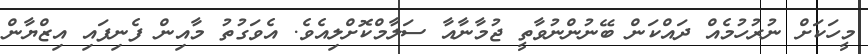
މީހަކަށް ނުރުހުމެއް ދައްކަން ބޭނުންނުވާތީ ޖުމާނާއާ ސަލާމްކޮށްލިއެވެ. އެވަގުތު މާއިން ފެނިފައި އިޒްޔާން